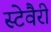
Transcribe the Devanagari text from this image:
स्टेवैरी